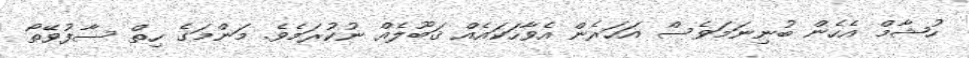
ހުޝާމް އެހެން ބުނިނަމަވެސް އަހަރެން އެވާހަކައެއް ޤަބޫލެއް ނުކުރަމެވެ. މަންމަގެ ހިތް ސާފުވޭތޯ